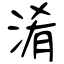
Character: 淆